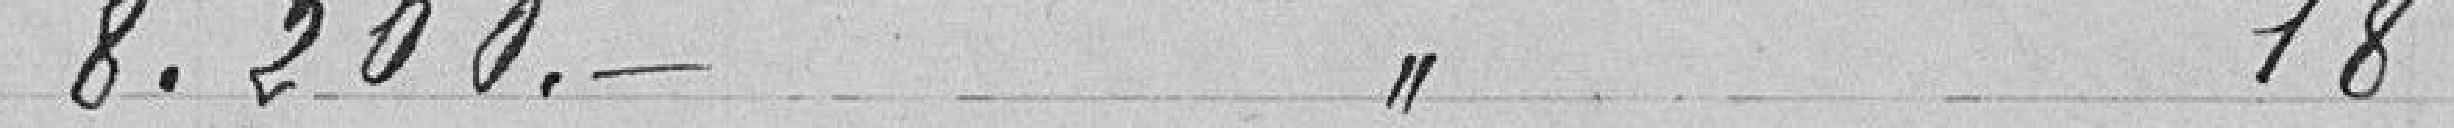
8.200 18